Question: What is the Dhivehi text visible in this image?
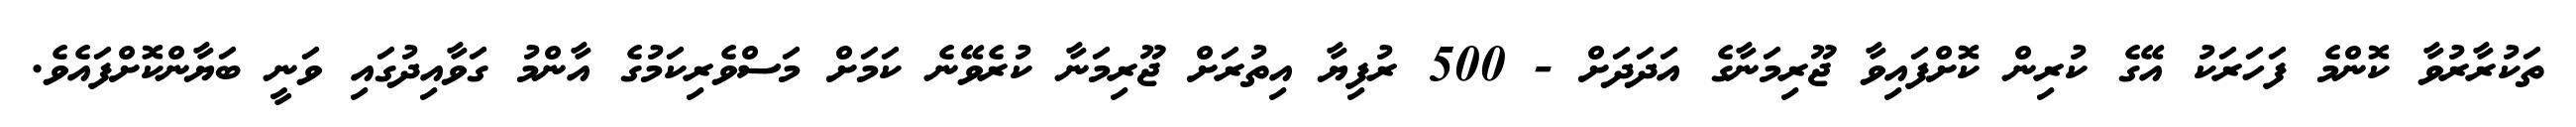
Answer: ތަކުރާރުވާ ކޮންމެ ފަހަރަކު އޭގެ ކުރިން ކޮށްފައިވާ ޖޫރިމަނާގެ އަދަދަށް - 500 ރުފިޔާ އިތުރަށް ޖޫރިމަނާ ކުރެވޭނެ ކަމަށް މަސްވެރިކަމުގެ އާންމު ގަވާއިދުގައި ވަނީ ބަޔާންކޮށްފައެވެ.